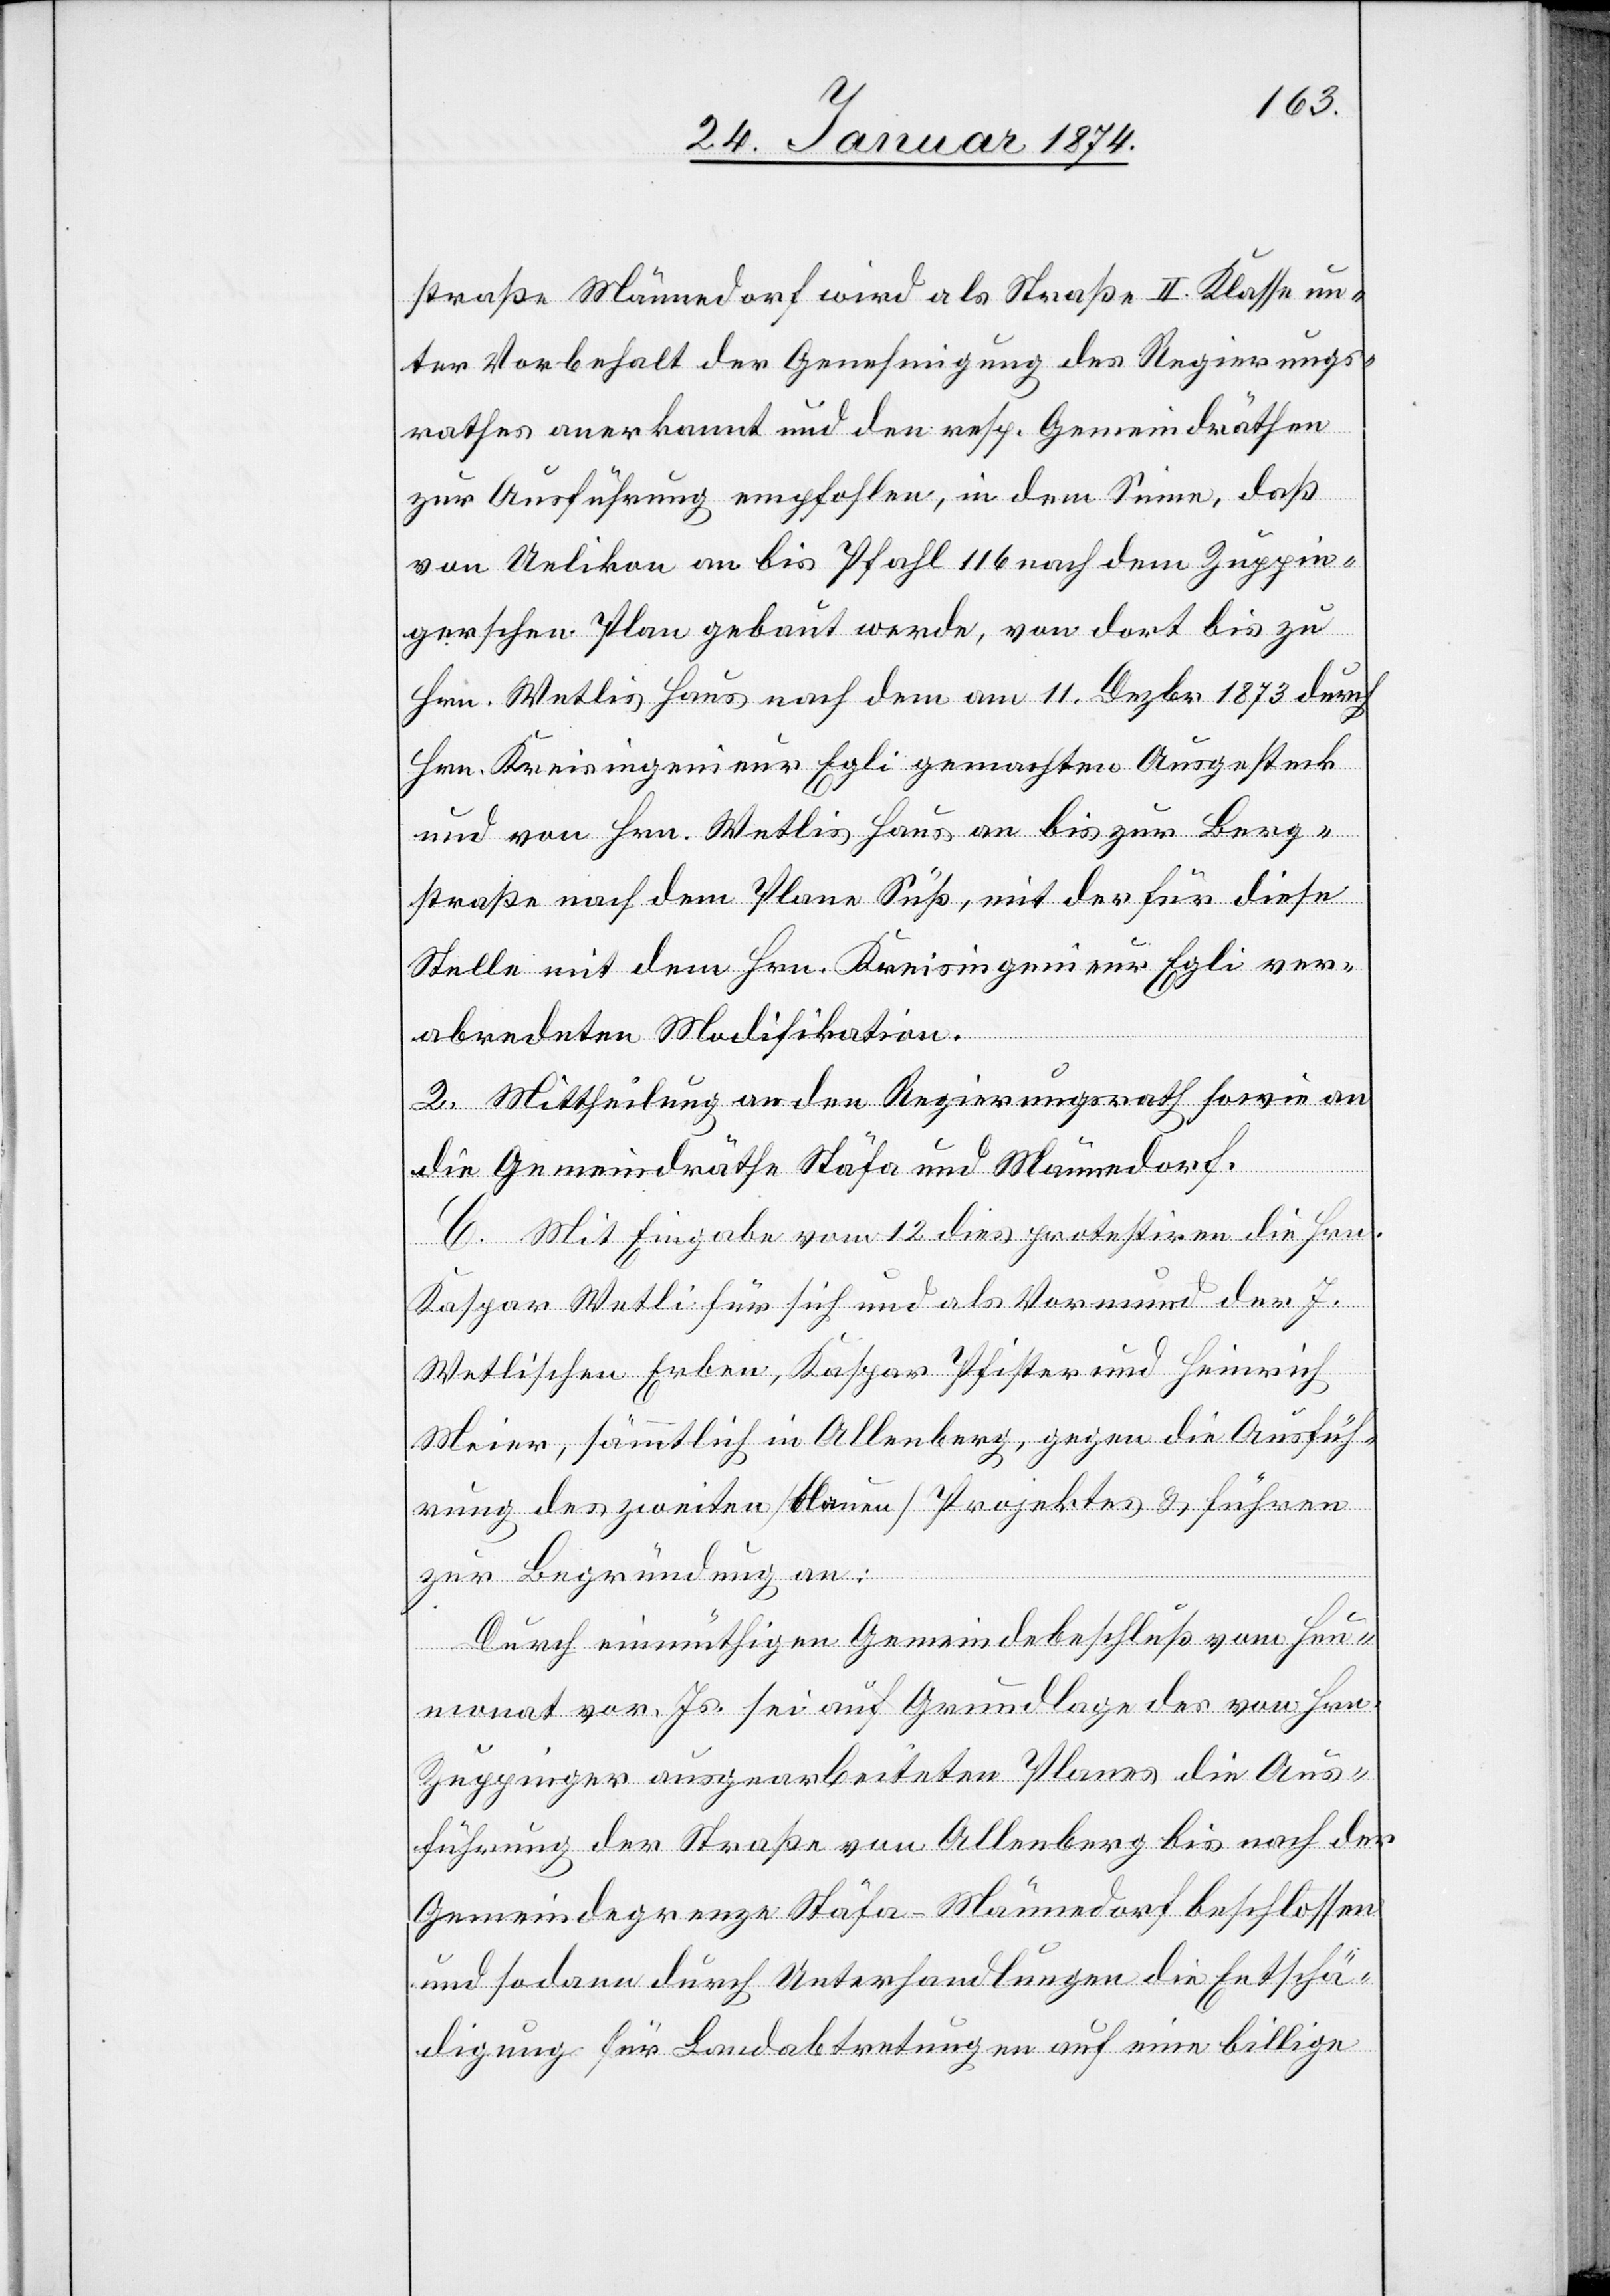
straße Männedorf wird als Straße II. Klasse un¬
ter Vorbehalt der Genehmigung des Regierungs¬
rathes anerkannt und den entsp. Gemeindräthen
zur Ausführung empfohlen, in dem Sinne, daß
von Uelikon an bis Pfahl 116 nach dem Zuppin¬
gerschen Plan gebaut werde, von dort bis zu
Hrn. Wetlis Haus nach dem am 11. Dezbr. 1873 durch
Hrn. Kreisingenieur Egli gemachten Ausgesteck
und von Hrn. Wetlis Haus an bis zur Berg¬
straße nach dem Plane Süß, mit der für diese
Stelle mit dem Hrn. Kreisingenieur Egli ver¬
abredeten Modifikation.
2. Mittheilung an den Regierungsrath sowie an
die Gemeindräthe Stäfa und Männedorf.
C. Mit Eingabe vom 12. dies protestiren die Hrn.
Kaspar Wetli für sich und als Vormund der J.
Wetlischen Erben, Kaspar Pfister und Heinrich
Meier, sämmtlich in Allenberg, gegen die Ausfüh¬
rung des zweiten [blauen] Projektes & führen
zur Begründung an:
Durch einmüthigen Gemeindebeschluß vom Heu¬
monat vor. Js. sei auf Grundlage des von Hrn.
Zuppinger ausgearbeiteten Planes die Aus¬
führung der Straße von Allenberg bis nach der
Gemeindegrenze Stäfa-Männedorf beschlossen
und sodann durch Unterhandlungen die Entschä¬
digung für Landabtretungen auf eine billige